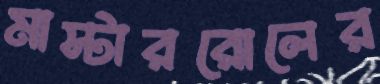
মাস্টাররোলের